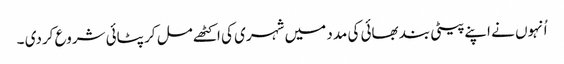
اُنہوں نے اپنے پیٹی بند بھائی کی مدد میں شہری کی اکٹھے مل کر پٹائی شروع کردی ۔